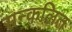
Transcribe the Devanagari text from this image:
सन्कलित